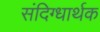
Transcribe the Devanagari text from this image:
संदिग्धार्थक